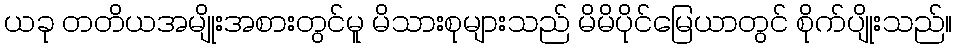
ယခု တတိယအမျိုးအစားတွင်မူ မိသားစုများသည် မိမိပိုင်မြေယာတွင် စိုက်ပျိုးသည်။